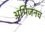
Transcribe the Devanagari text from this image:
अभिजनच